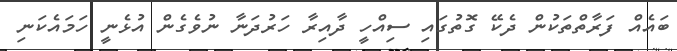
ބައެއް ފަރާތްތަކުން ދެކޭ ގޮތުގައި ސިއްހީ ދާއިރާ ހަރުދަނާ ނުވެގެން އުޅެނީ ހަމައެކަނި